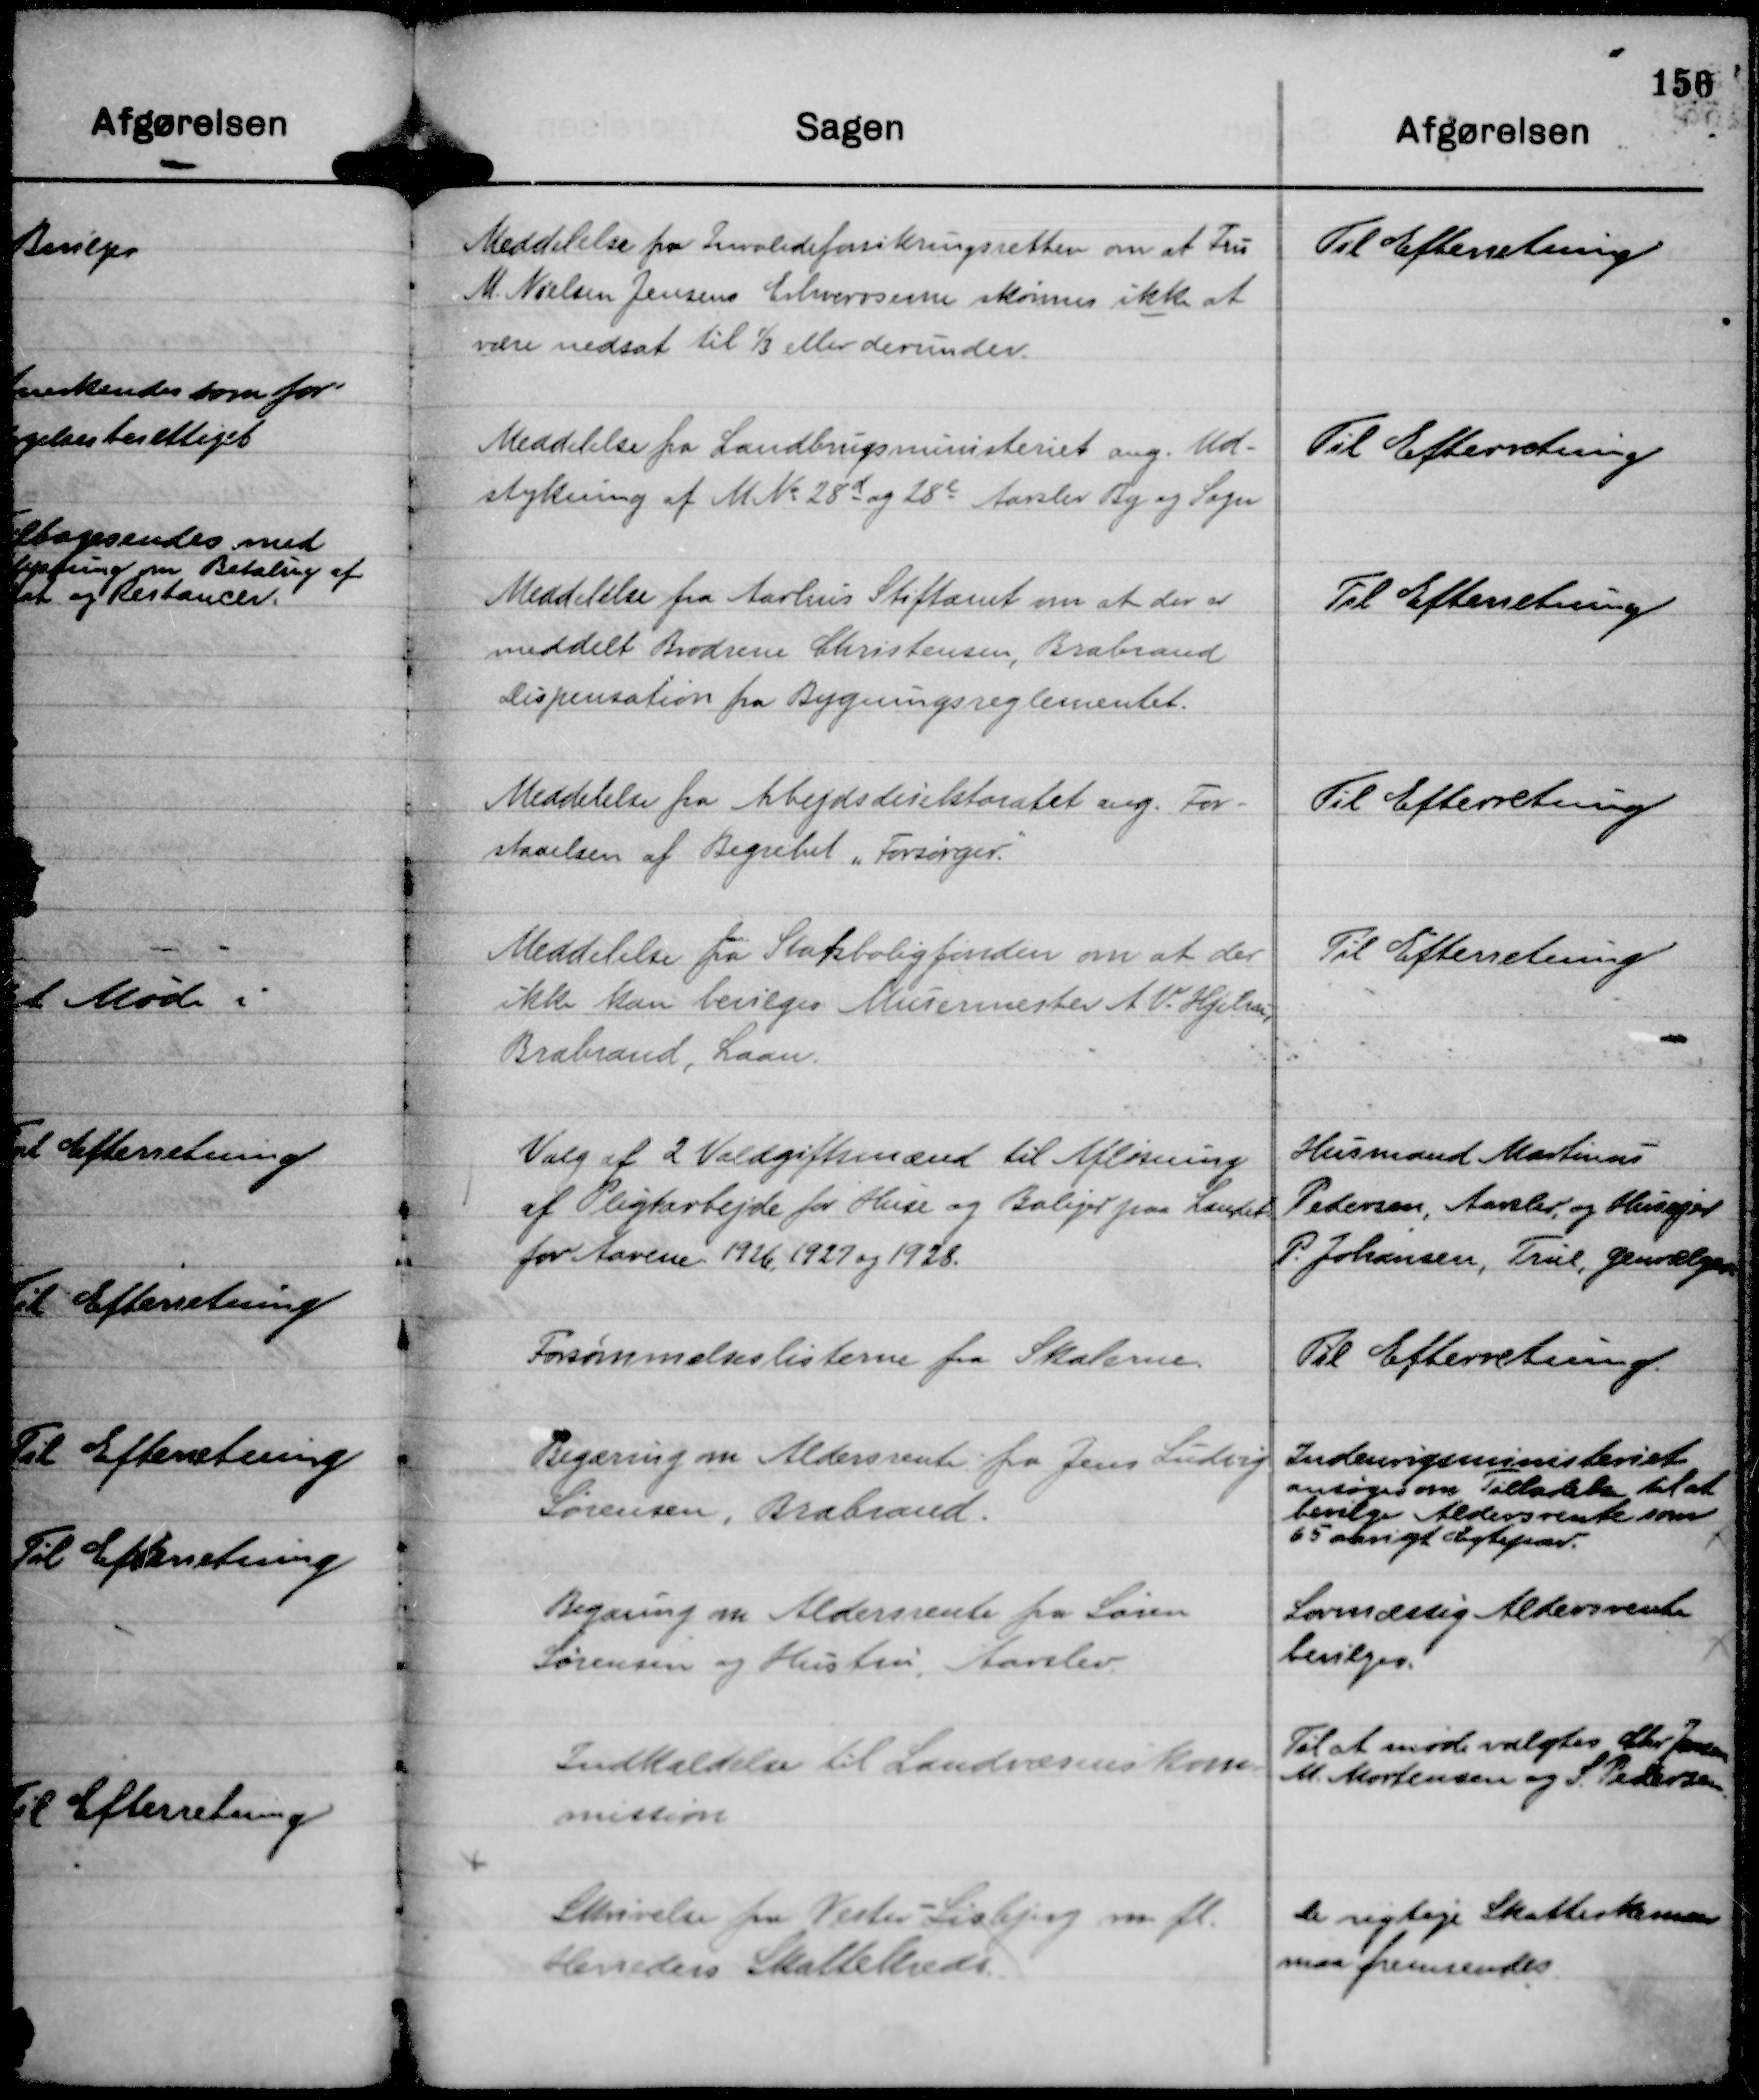
Transskription:
Meddelelse fra Invalideforsikringsretten om at Fru
M. Nielsen Jensens Erhvervsevne skønnes ikke at
være nedsat til ⅓ eller derunder.

Til Efterretning

Meddelelse fra Landbrugsministeriet ang. Ud-
stykning af M No 28 d og 28 e Aarslev By og Sogn

Til Efterretning

Meddelelse fra Aarhus Stiftamt om at der er
meddelt Brødrene Christensen, Brabrand
Dispensation fra Bygningsreglementet.

Til Efterretning

Meddelelse fra Arbejdsdirektoratet ang. For-
staaelsen af Begrebet "Forsørger."

Til Efterretning

Meddelelse fra Statsboligfonden om at der
ikke kan bevilges Murermester A V. Hjelm,
Brabrand, Laan.

Til Efterretning

Valg af 2 Voldgiftsmænd til Afløsning
af Pligtarbejde for Huse og Boliger paa Landet
for Aarene 1926, 1927 og 1928.

Husmand Martinus
Pedersen, Aarslev, og Husejer
P. Johansen, True, genvælges

Forsømmelseslisterne fra Skolerne.

Til Efterretning.

Begæring om Aldersrente fra Jens Ludvig
Sørensen, Brabrand.

Indenrigsministeriet
ansøges om Tilladelse til at
bevilge Aldersrente som
65 aarigt Ægtepar.
x

Begæring om Aldersrente fra Søren
Sørensen og Hustru, Aarslev.

Lovmæssig Aldersrente
bevilges.
x

Indkaldelse til Landsvæsenskom-
mission

Til at møde valgtes Chr Jensen
M. Mortensen og S. Pedersen.

x
Skrivelse fra Vester - Lisbjerg m fl.
Herreders Skattekreds.

De rigtige Skatteskemaer
maa fremsendes.